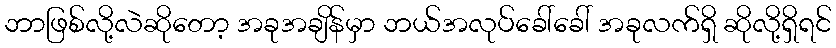
ဘာဖြစ်လို့လဲဆိုတော့ အခုအချိန်မှာ ဘယ်အလုပ်ခေါ်ခေါ် အခုလက်ရှိ ဆိုလို့ရှိရင်